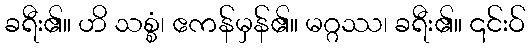
ခရီး၏။ ဟိ သစ္စံ၊ ဧကန်မှန်၏။ မဂ္ဂဿ၊ ခရီး၏။ ၎င်းဝ်